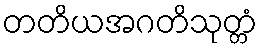
တတိယအဂတိသုတ္တံ